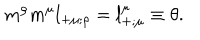
{ m } ^ { \rho } { m } ^ { \mu } l _ { + \mu ; \rho } = l _ { + ; \mu } ^ { \mu } \equiv \theta .